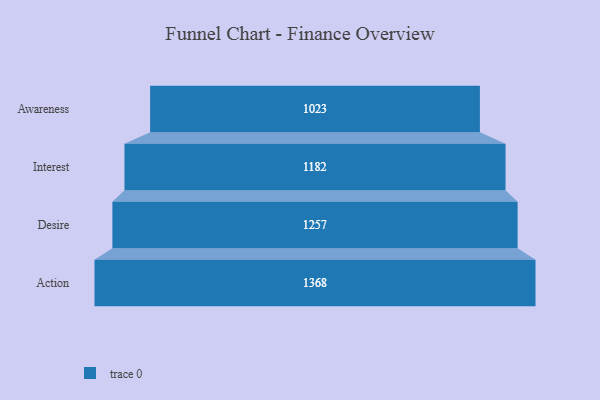
{"axis": {"x": "Stage", "y": "Value"}, "legend": [""], "data": [{"x": "Awareness", "y": 1023.0, "type": ""}, {"x": "Interest", "y": 1182.0, "type": ""}, {"x": "Desire", "y": 1257.0, "type": ""}, {"x": "Action", "y": 1368.0, "type": ""}]}